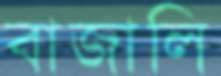
বাজালি